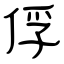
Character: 俘